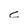
Character: c